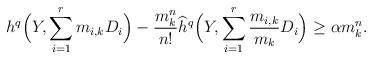
LaTeX: \begin{align*} h^q\Bigl(Y, \sum_{i =1}^r m_{i,k} D_i\Bigr) - \frac{m_k^n}{n!} \widehat{h}^q\Bigl(Y, \sum_{i =1}^r \frac{m_{i,k}}{m_k}D_i \Bigr) \geq \alpha m_k^n.\end{align*}